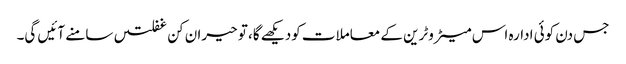
جس دن کوئی ادارہ اس میٹروٹرین کے معاملات کودیکھے گا، تو حیران کن غفلتیں سامنے آئیں گی۔